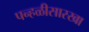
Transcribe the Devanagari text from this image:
पन्हळीसारखा